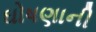
ઘોષણાની